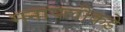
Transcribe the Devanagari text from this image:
मनापलीकडे